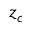
z _ { c }